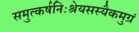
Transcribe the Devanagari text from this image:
समुत्कर्षनिःश्रेयसस्यैकमुग्रं